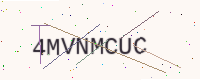
Text: 4MVNMCUC